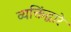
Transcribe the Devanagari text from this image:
व्यक्तिंद्वारे